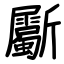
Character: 斸